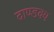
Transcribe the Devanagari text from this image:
दाण्डक्य